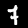
Digit: 7